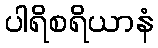
ပါရိစရိယာနံ